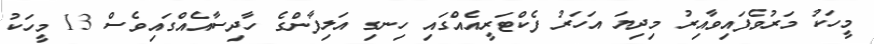
މީހަކު މަރުވެފައިވާއިރު މިދިޔަ އަހަރު ފެކްޓަރީއެއްގައި ހިނގި އަލިފާންގެ ހާދިސާއެއްގައިވެސް 13 މީހަކު